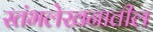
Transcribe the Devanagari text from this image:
स्तंभलेखनातील